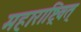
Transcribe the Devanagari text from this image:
महाराष्ट्रिवत्